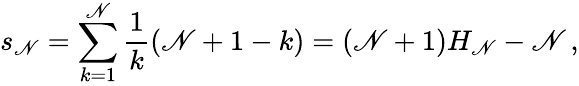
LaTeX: s_{\mathscr{N}}=\sum_{k=1}^{\mathscr{N}}{{\frac{{1}}{{k}}}(\mathscr{N}+1-k)}=(\mathscr{N}+1)H_{\mathscr{N}}-\mathscr{N}\, ,